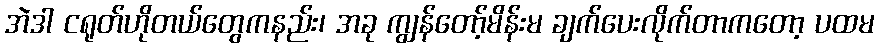
အဲဒါ ငရုတ်ဟိုတယ်တွေကနည်း၊ အခု ကျွန်တော့်မိန်းမ ချက်ပေးလိုက်တာကတော့ ပထမ